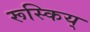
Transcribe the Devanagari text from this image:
रूस्किय्